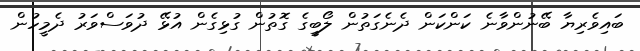
ބައިވެރިޔާ ބޭނުންވާނެ ކަންކަން ދެނެގަތުން ލޯބީގެ ގޮތުން ގުޅިގެން އުޅޭ ދުވަސްވަރު ދެމީހުން